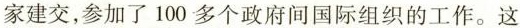
家建交，参加了100多个政府间国际组织的工作。这